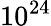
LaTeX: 10^{24}